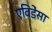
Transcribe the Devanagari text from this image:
एविडेंसा